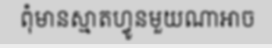
ពុំមានស្មាតហ្វូនមួយណាអាច